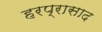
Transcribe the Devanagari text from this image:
हरप्रासाद